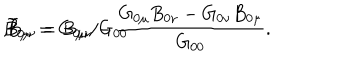
\hspace { 1 0 m m } \tilde { B } _ { 0 \mu } = G _ { 0 \mu } / { G _ { 0 0 } } \hspace { 3 m m } , \hspace { 3 m m } \tilde { B } _ { \mu \nu } = B _ { \mu \nu } - \frac { G _ { 0 \mu } B _ { 0 \nu } - G _ { 0 \nu } B _ { 0 \mu } } { G _ { 0 0 } } .